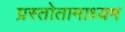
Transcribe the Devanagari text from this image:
प्रस्तोतामाध्यम